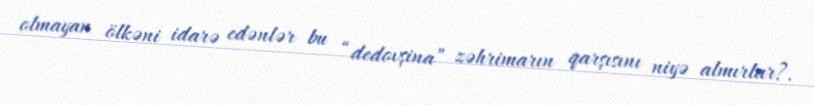
olmayan ölkəni idarə edənlər bu “dedovşina” zəhrimarın qarşısını niyə almırlar?.